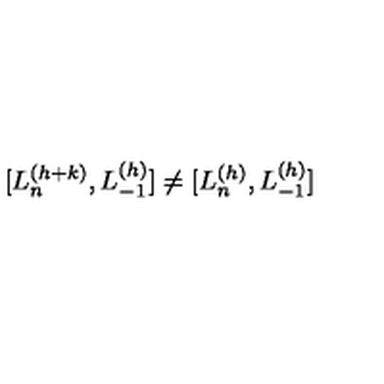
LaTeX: [ L _ { n } ^ { ( h + k ) } , L _ { - 1 } ^ { ( h ) } ] \neq [ L _ { n } ^ { ( h ) } , L _ { - 1 } ^ { ( h ) } ]